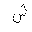
Letter: _shin